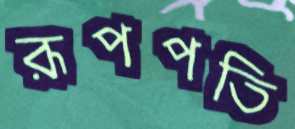
রূপপতি